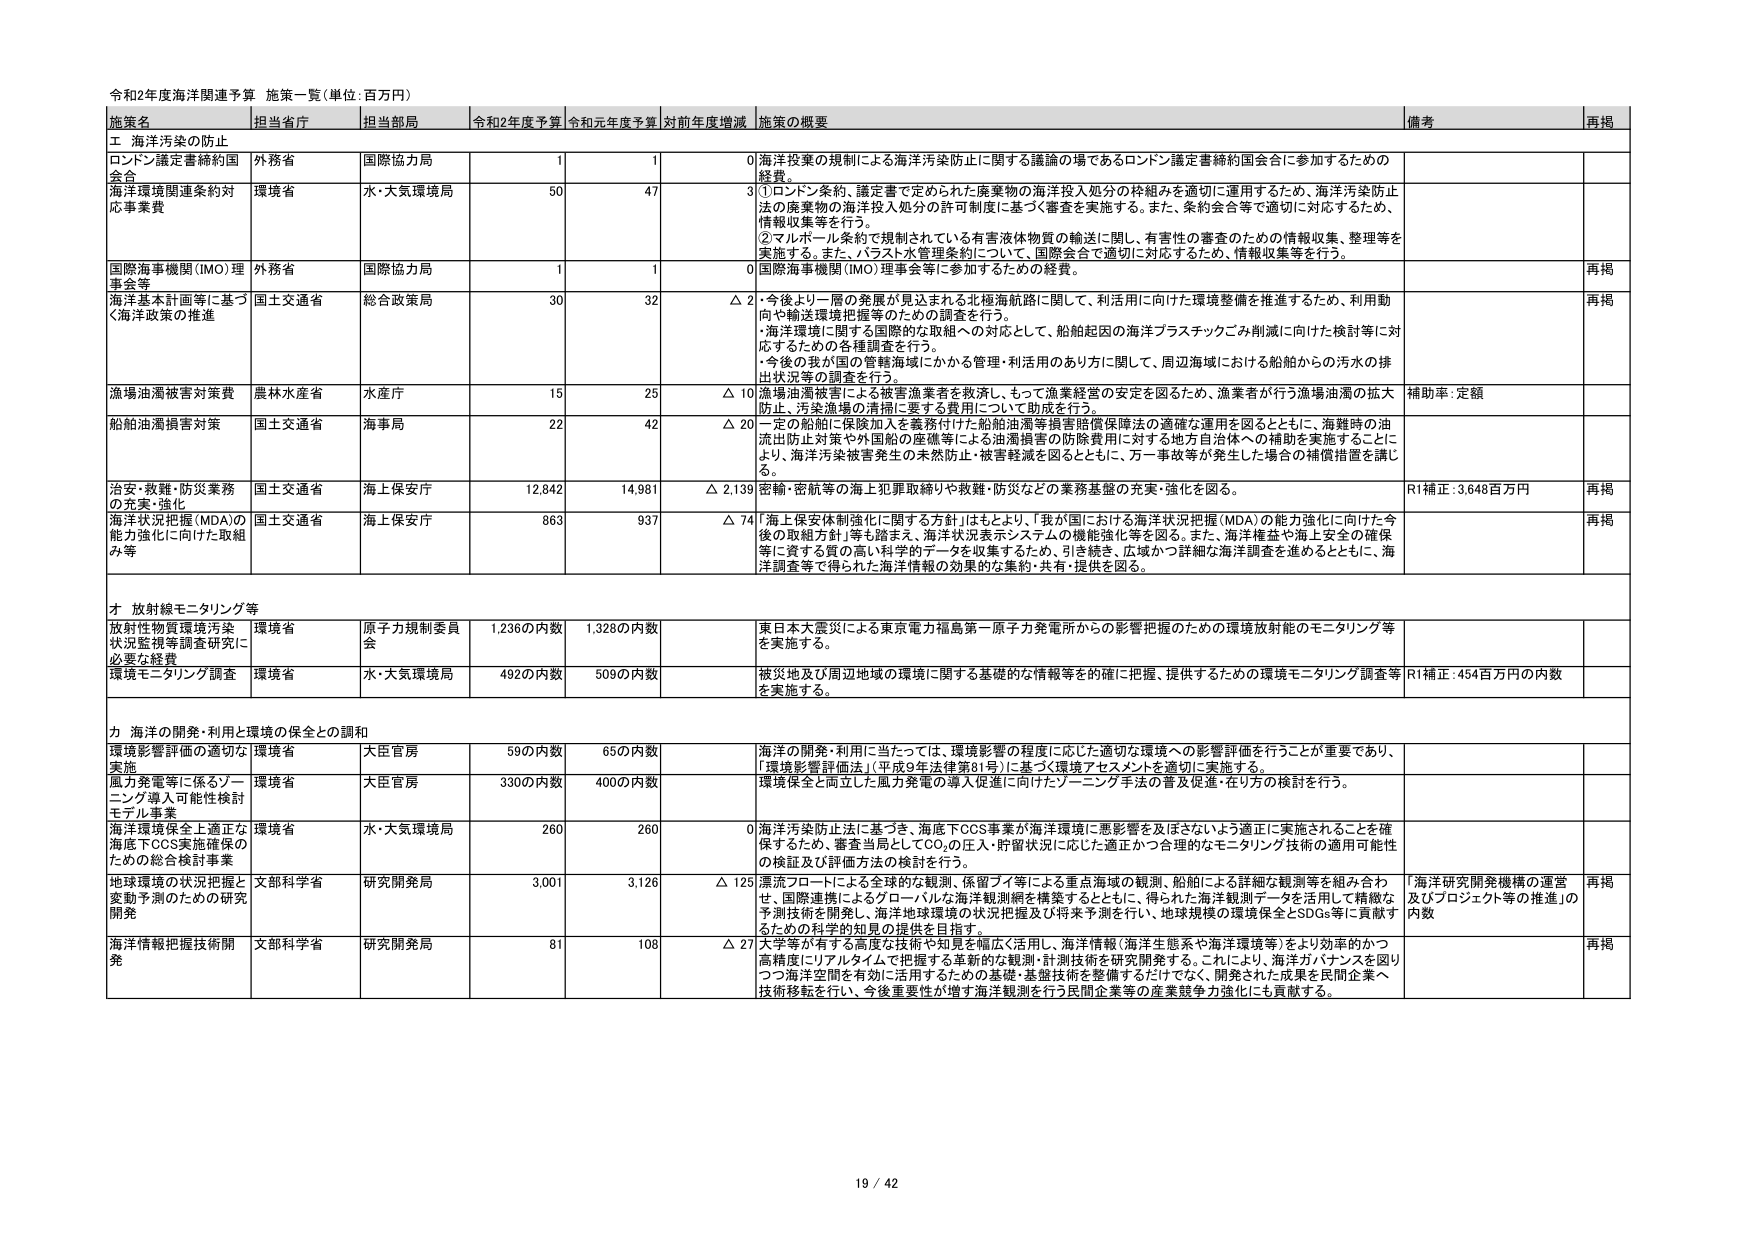
令和2年度海洋関連予算 施策一覧（単位：百万円）

施策名 担当省庁 担当部局 令和2年度予算 令和元年度予算 対前年度増減 施策の概要 備考 再掲

エ 海洋汚染の防止

ロンドン議定書締約国会合 外務省 国際協力局 1 1 0 海洋法案の規制による海洋汚染防止に関する議論の場であるロンドン議定書締約国会合に参加するための経費。

海洋環境関連条約対応事業費 環境省 水・大気環境局 50 47 3 ①ロンドン条約、議定書で定められた廃棄物の海洋投入処分の枠組みを適切に運用するため、海洋汚染防止法の廃棄物の海洋投入処分の許可制度に基づく審査を実施する。また、条約会合等で適切に対応するため、情報収集等を行う。 ②マルポール条約で規制されている有害液体物質の輸送に関し、有害性の審査のための情報収集、整理等を実施する。また、バスト水管理条約について、国際会合で適切に対応するため、情報収集等を行う。

国際海事機関（IMO）理事会等 外務省 国際協力局 1 1 0 国際海事機関（IMO）理事会等に参加するための経費。 再掲

海洋基本計画等に基づく海洋政策の推進 国土交通省 総合政策局 30 32 △ 2 ・今後より一層の発展が見込まれる北極海航路に関して、利活用に向けた環境整備を推進するため、利用動向や輸送環境把握等のための調査を行う。 ・海洋環境に関する国際的な取組への対応として、船舶起因の海洋プラスチックごみ削減に向けた検討等に対応するための各種調査を行う。 ・今後の我が国の管轄海域にかかる管理・利活用のあり方に関して、周辺海域における船舶からの汚水の排出状況等の調査を行う。 再掲

漁場油濁被害対策費 農林水産省 水産庁 15 25 △ 10 漁場油濁被害による被害漁業者を救済し、そして漁業経営の安定を図るため、漁業者が行う漁場油濁の拡大防止、汚染漁場の清掃に要する費用について助成を行う。 補助率・定額

船舶油濁損害対策 国土交通省 海事局 22 42 △ 20 一定の船舶に保険加入を義務付けた船舶油濁等損害賠償保険法の適確な運用を図るとともに、海難時の油流出防止対策や外国船の座礁等による油濁損害の防除費用に対する地方自治体への補助を実施することにより、海洋汚染被害発生の未然防止・被害軽減を図るとともに、万一事故等が発生した場合の補償措置を講じる。

治安・救難・防災業務の充実・強化 国土交通省 海上保安庁 12,842 14,981 △ 2,139 密輸・密航等の海上犯罪取締りや救難・防災などの業務基盤の充実・強化を図る。 R1補正：3,648百万円 再掲

海洋状況把握（MDA）の能力強化に向けた取組み等 国土交通省 海上保安庁 863 937 △ 74 「海上保安体制強化に関する方針」はもとより、「我が国における海洋状況把握（MDA）の能力強化に向けた今後の取組方針」等も踏まえ、海洋状況表示システムの機能強化等を図る。また、海洋権益や海上安全の確保等に資する質の高い科学的データを収集するため、引き続き、広域かつ詳細な海洋調査を進めるとともに、海洋調査等で得られた海洋情報の効果的な集約・共有・提供を図る。 再掲

オ 放射線モニタリング等

放射性物質環境汚染状況監視等調査研究に必要な経費 環境省 原子力規制委員会 1,236の内数 1,328の内数 東日本大震災による東京電力福島第一原子力発電所からの影響把握のための環境放射能のモニタリング等を実施する。

環境モニタリング調査 環境省 水・大気環境局 492の内数 509の内数 被災地及び周辺地域の環境に関する基礎的な情報等を的確に把握、提供するための環境モニタリング調査等を実施する。 R1補正：454百万円の内数

カ 海洋の開発・利用と環境の保全との調和

環境影響評価の適切な実施 環境省 大臣官房 59の内数 65の内数 海洋の開発・利用に当たっては、環境影響の程度に応じた適切な環境への影響評価を行うことが重要であり、「環境影響評価法（平成9年法律第81号）に基づく環境アセスメント」を適切に実施する。

風力発電等に係るゾーニング導入可能性検討モデル事業 環境省 大臣官房 330の内数 400の内数 環境保全と両立した風力発電の導入促進に向けたゾーニング手法の普及促進・在り方の検討を行う。

海洋環境保全上適正な海底下CCS実施確保のための総合検討事業 環境省 水・大気環境局 260 260 0 海洋汚染防止法に基づき、海底下CCS事業が海洋環境に悪影響を及ぼさないよう適正に実施されることを確保するため、審査当局としてCO₂の注入・貯留状況に応じた適正かつ合理的なモニタリング技術の適用可能性の検証及び評価方法の検討を行う。

地球環境の状況把握と変動予測のための研究開発 文部科学省 研究開発局 3,001 3,126 △ 125 潮流フロート等による全球的な観測、保留ブイ等による重点海域の観測、船舶による詳細な観測等を組み合わせ、国際連携によるグローバルな海洋観測網を構築するとともに、得られた海洋観測データを活用して精緻な予測技術を開発し、海洋地球環境の状況把握及び将来予測を行い、地球規模の環境保全とSDGs等に貢献するための科学的知見の提供を目指す。 「海洋研究開発機構の運営及びプロジェクト等の推進」の内数 再掲

海洋情報把握技術開発 文部科学省 研究開発局 81 108 △ 27 大学等が有する高度な技術や知見を幅広く活用し、海洋情報（海洋生態系や海洋環境等）をより効率的かつ高精度にリアルタイムで把握する革新的な観測・計測技術を研究開発する。これにより、海洋ガバナンスを図りつつ海洋空間を有効に活用するための基礎・基盤技術を整備するだけでなく、開発された成果を民間企業へ技術移転を行い、今後重要性が増す海洋観測を行う民間企業等の産業競争力強化にも貢献する。 再掲

19 / 42